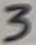
Text: 3